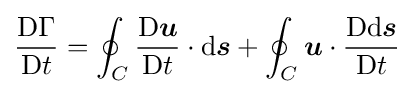
{\frac {\mathrm {D} \Gamma }{\mathrm {D} t}}=\oint _{C}{\frac {\mathrm {D} {\boldsymbol {u}}}{\mathrm {D} t}}\cdot \mathrm {d} {\boldsymbol {s}}+\oint _{C}{\boldsymbol {u}}\cdot {\frac {\mathrm {D} \mathrm {d} {\boldsymbol {s}}}{\mathrm {D} t}}